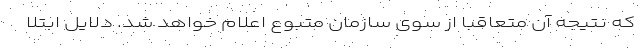
که نتیجه آن متعاقبا از سوی سازمان متبوع اعلام خواهد شد. دلایل ابتلا